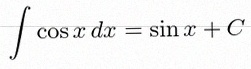
\int \cos x\,dx=\sin x+C